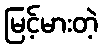
မြင့်မားတဲ့